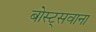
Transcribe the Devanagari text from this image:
बोस्ट्सवाना